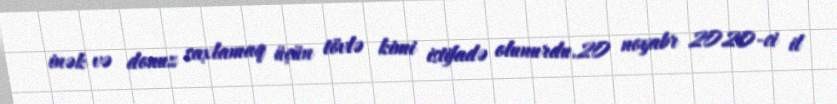
inək və donuz saxlamaq üçün tövlə kimi istifadə olunurdu.20 noyabr 2020-ci il